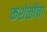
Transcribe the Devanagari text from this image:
कशेळीचा